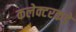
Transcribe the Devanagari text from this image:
कलेक्टरकडे